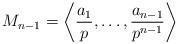
LaTeX: \begin{align*}M_{n-1} = \bigg\langle \frac{a_1}{p}, \dots, \frac{a_{n-1}}{p^{n-1}} \bigg\rangle\end{align*}